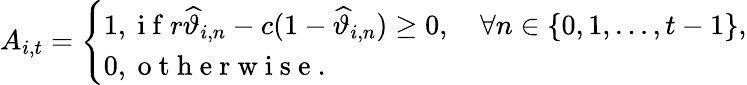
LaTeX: A_{i,t}=\left\{ \begin{array}{ll}{1,\mathrm{~i~f~}r\widehat{\vartheta}_{i,n}-c(1-\widehat{\vartheta}_{i,n})\geq 0,\quad\forall n\in\{ 0,1,\ldots,t-1\} ,}\\ {0,\mathrm{~o~t~h~e~r~w~i~s~e~.~}}\end{array}\right.